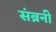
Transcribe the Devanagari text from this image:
संब्रनी